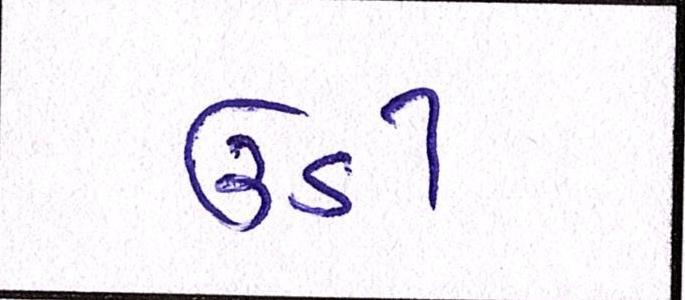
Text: ઉડી